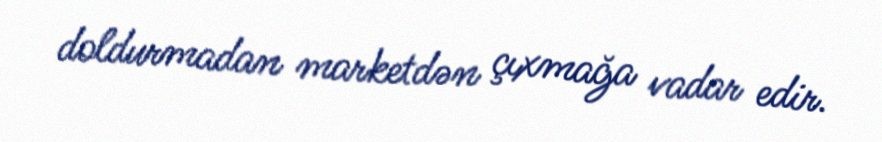
doldurmadan marketdən çıxmağa vadar edir.